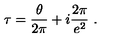
\tau = \frac { \theta } { 2 \pi } + i \frac { 2 \pi } { e ^ { 2 } } \ .